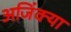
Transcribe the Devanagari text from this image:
अजिंक्या